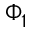
\Phi _ { 1 }